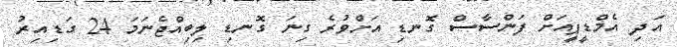
އަދި އެމްޑީޕީއަށް ފަންސާސް ގޮނޑި އަށްވުރެ ގިނަ ގޮނޑި ލިބިއްޖެނަމަ 24 ގަޑިއިރު